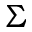
\Sigma